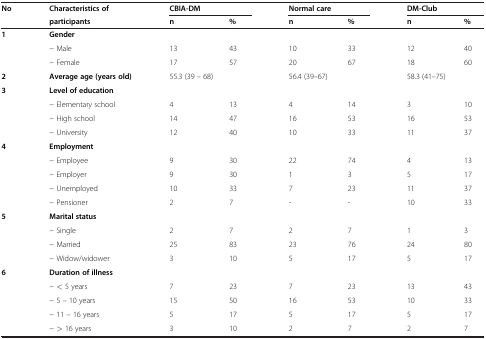
| <ROWSPAN=2> No | <ROWSPAN=2> Characteristics of participants | <COLSPAN=2> CBIA-DM | <COLSPAN=2> Normal care | <COLSPAN=2> DM-Club |
 | n | % | n | % | n | % |
 | --- | --- | --- | --- | --- | --- | --- | --- |
 | 1 | Gender |  |  |  |  |  |  |
 |  | − Male | 13 | 43 | 10 | 33 | 12 | 40 |
 |  | − Female | 17 | 57 | 20 | 67 | 18 | 60 |
 | 2 | Average age (years old) | <COLSPAN=2> 55.3 (39 – 68) | <COLSPAN=2> 56.4 (39–67) | <COLSPAN=2> 58.3 (41–75) |
 | 3 | Level of education |  |  |  |  |  |  |
 |  | − Elementary school | 4 | 13 | 4 | 14 | 3 | 10 |
 |  | − High school | 14 | 47 | 16 | 53 | 16 | 53 |
 |  | − University | 12 | 40 | 10 | 33 | 11 | 37 |
 | 4 | Employment |  |  |  |  |  |  |
 |  | − Employee | 9 | 30 | 22 | 74 | 4 | 13 |
 |  | − Employer | 9 | 30 | 1 | 3 | 5 | 17 |
 |  | − Unemployed | 10 | 33 | 7 | 23 | 11 | 37 |
 |  | − Pensioner | 2 | 7 | - | - | 10 | 33 |
 | 5 | Marital status |  |  |  |  |  |  |
 |  | − Single | 2 | 7 | 2 | 7 | 1 | 3 |
 |  | − Married | 25 | 83 | 23 | 76 | 24 | 80 |
 |  | − Widow/widower | 3 | 10 | 5 | 17 | 5 | 17 |
 | 6 | Duration of illness |  |  |  |  |  |  |
 |  | − < 5 years | 7 | 23 | 7 | 23 | 13 | 43 |
 |  | − 5 – 10 years | 15 | 50 | 16 | 53 | 10 | 33 |
 |  | − 11 – 16 years | 5 | 17 | 5 | 17 | 5 | 17 |
 |  | − > 16 years | 3 | 10 | 2 | 7 | 2 | 7 |